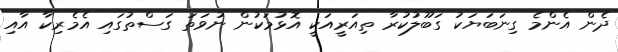
ދެން އެންމެ ގިނަބަޔަކު ގަބޫލުކުރާ ތިއަރީއަކީ އޮޅުމަކުން ނުވަތަ ގަސްތުގައި އެމެރިކާ އާއި